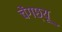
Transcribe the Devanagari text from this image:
चेंगछ्यू